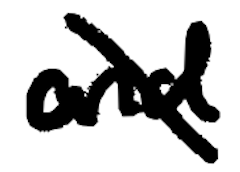
Text: and
Cross-out: diagonal
Writing tool: digital_black